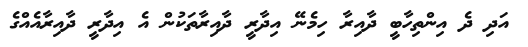
އަދި ދެ އިންތިހާބީ ދާއިރާ ހިމެނޭ އިދާރީ ދާއިރާތަކުން އެ އިދާރީ ދާއިރާއެއްގެ